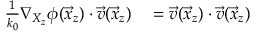
\begin{array} { r l } { \frac { 1 } { k _ { 0 } } \nabla _ { X _ { z } } \phi ( \vec { x } _ { z } ) \cdot \vec { v } ( \vec { x } _ { z } ) } & { { } = \vec { v } ( \vec { x } _ { z } ) \cdot \vec { v } ( \vec { x } _ { z } ) } \end{array}